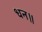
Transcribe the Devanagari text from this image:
धन॥